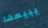
يبيعها